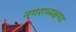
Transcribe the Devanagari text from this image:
नगराध्यक्षपद